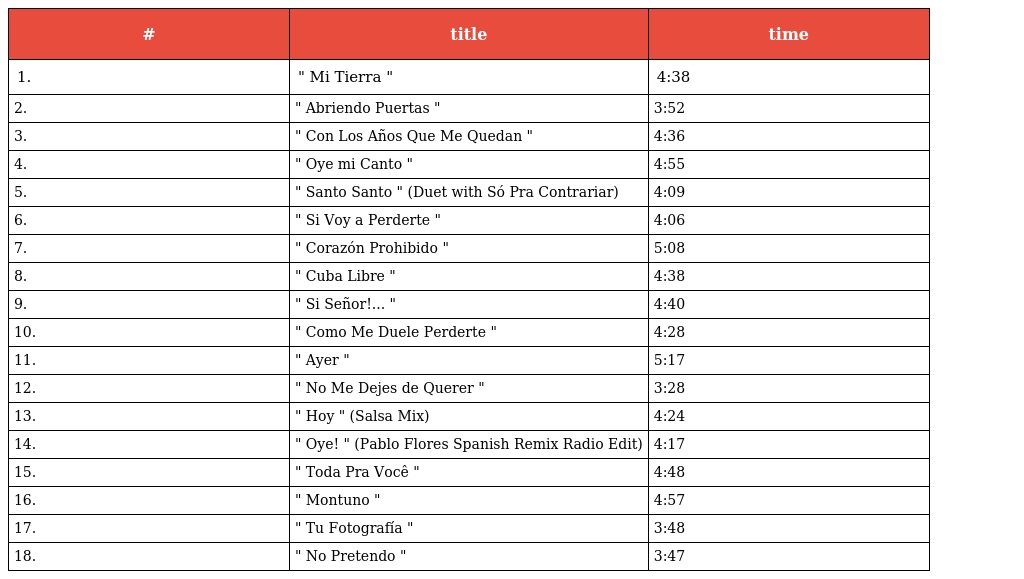
| # | title | time |
 | --- | --- | --- |
 | 1. | " Mi Tierra " | 4:38 |
 | 2. | " Abriendo Puertas " | 3:52 |
 | 3. | " Con Los Años Que Me Quedan " | 4:36 |
 | 4. | " Oye mi Canto " | 4:55 |
 | 5. | " Santo Santo " (Duet with Só Pra Contrariar) | 4:09 |
 | 6. | " Si Voy a Perderte " | 4:06 |
 | 7. | " Corazón Prohibido " | 5:08 |
 | 8. | " Cuba Libre " | 4:38 |
 | 9. | " Si Señor!... " | 4:40 |
 | 10. | " Como Me Duele Perderte " | 4:28 |
 | 11. | " Ayer " | 5:17 |
 | 12. | " No Me Dejes de Querer " | 3:28 |
 | 13. | " Hoy " (Salsa Mix) | 4:24 |
 | 14. | " Oye! " (Pablo Flores Spanish Remix Radio Edit) | 4:17 |
 | 15. | " Toda Pra Você " | 4:48 |
 | 16. | " Montuno " | 4:57 |
 | 17. | " Tu Fotografía " | 3:48 |
 | 18. | " No Pretendo " | 3:47 |